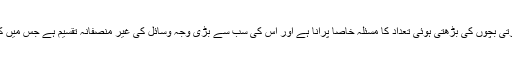
اگر اس سارے معاملے کا حقیقت پسندانہ تجزیہ کیا جائے تو پتا چلتا ہے کہ بھوکے اور غریب بھارتی بچوں کی بڑھتی ہوئی تعداد کا مسئلہ خاصا پرانا ہے اور اس کی سب سے بڑی وجہ وسائل کی غیر منصفانہ تقسیم ہے جس میں کچھ لوگ ملکی وسائل کے بڑے حصے پر قابض ہیں اور آبادی کی اکثریت کے لیے کچھ بھی نہیں۔